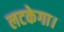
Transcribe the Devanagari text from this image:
लटकेगा।